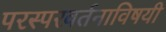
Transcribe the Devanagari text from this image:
परस्परवर्तनाविषयी